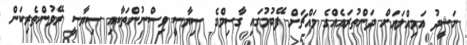
ނަޝީދު އަމިއްލައަށް ދަންތުރައެއްގެ މައްޗަށް ފޭބުމުގައި ގާސިމްގެ ސިޔާސީ ވިސްނުންތަކާއި ސިޔާސީ ރޭވުންތެރިކަން